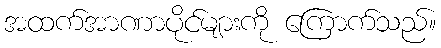
အထက်အာဏာပိုင်များကို ကြောက်သည်။